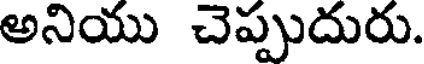
అనియు చెప్పుదురు.